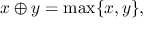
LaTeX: x \oplus y = \operatorname* { m a x } \{ x , y \} ,